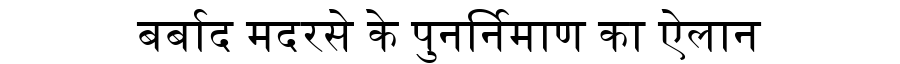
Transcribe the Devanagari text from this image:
बर्बाद मदरसे के पुनर्निमाण का ऐलान